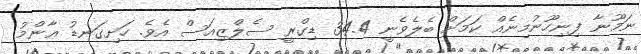
ނަމޫނާ ފިނިހޫނުމިނެއް ކަމަށް ބެލެވެނީ 34.4 ޑިގްރީ ސެލްޒިއަސް އެވެ. ހަށިގަނޑު ޢާންމު